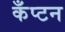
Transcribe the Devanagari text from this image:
कँप्टन